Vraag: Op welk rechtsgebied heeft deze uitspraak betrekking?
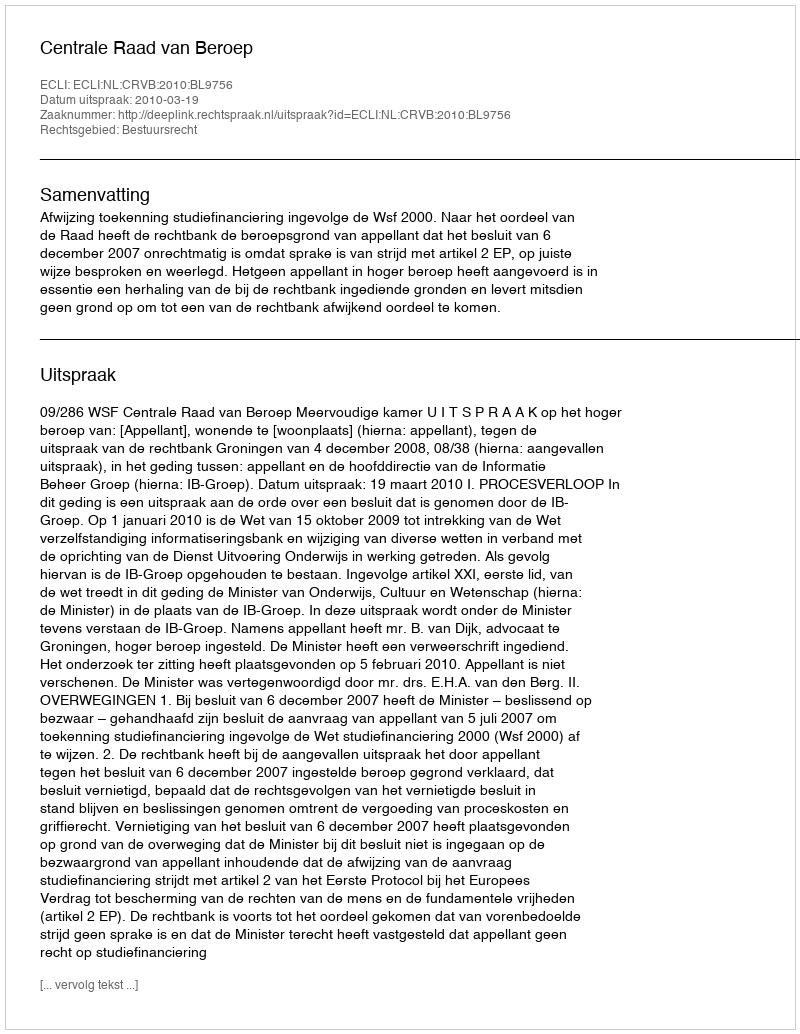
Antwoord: Bestuursrecht